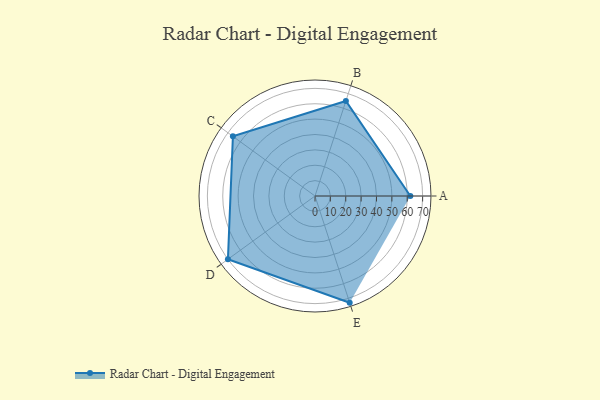
{"axis": {"x": "Skill", "y": "Score"}, "legend": ["Profile"], "data": [{"x": "A", "y": 62.0, "type": "Profile"}, {"x": "B", "y": 65.0, "type": "Profile"}, {"x": "C", "y": 66.0, "type": "Profile"}, {"x": "D", "y": 70.0, "type": "Profile"}, {"x": "E", "y": 73.0, "type": "Profile"}]}